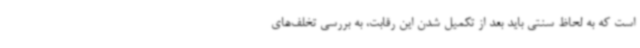
است که به لحاظ سنتی باید بعد از تکمیل شدن این رقابت، به بررسی تخلف‌های